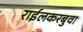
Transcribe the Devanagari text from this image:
राईलकरबुवा